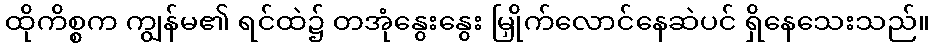
ထိုကိစ္စက ကျွန်မ၏ ရင်ထဲ၌ တအုံနွေးနွေး မြှိုက်လောင်နေဆဲပင် ရှိနေသေးသည်။